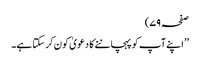
صفحہ ۷۹)
’’ اپنے آپ کو پہچاننے کا دعویٰ کون کر سکتا ہے۔